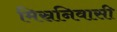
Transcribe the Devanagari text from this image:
मिस्रनिवासी